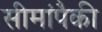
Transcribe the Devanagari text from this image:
सीमांपैकी